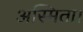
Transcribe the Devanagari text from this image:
अस्मिता।